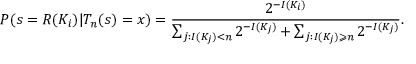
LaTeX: P ( s = R ( K _ { i } ) | T _ { n } ( s ) = x ) = { \frac { 2 ^ { - I ( K _ { i } ) } } { \sum _ { j : I ( K _ { j } ) < n } 2 ^ { - I ( K _ { j } ) } + \sum _ { j : I ( K _ { j } ) \geqslant n } 2 ^ { - I ( K _ { j } ) } } } .